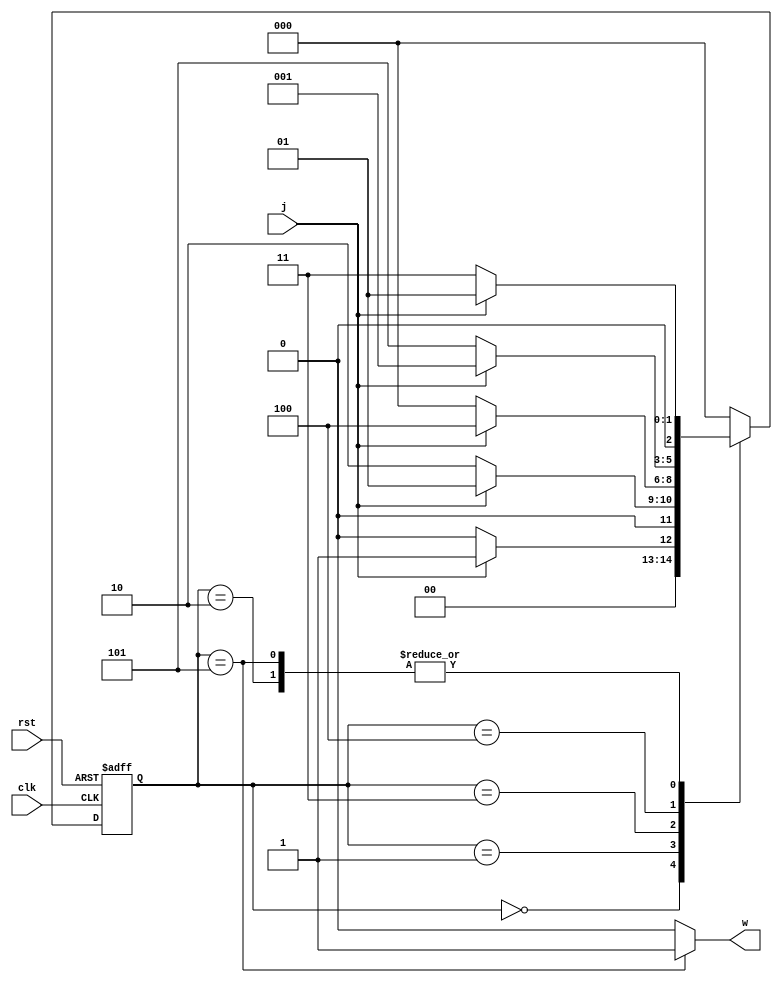


module moore10010(input clk,j,rst,output w);
reg [2:0]ns;
reg [2:0]ps;

parameter [2:0]A=3'b000,B=3'b001,C=3'b010,D=3'b011,E=3'b100, F=3'b101;

always @(ps,j) begin


case(ps)
A: ns = j? B : A;
B: ns = j? B : C;
C: ns = j? B : D;
D: ns = j? E : A;
E: ns = j? B : F;
F: ns = j? B : D;
default: ns =A;
 endcase
end 

assign w = (ps == F) ? 1'b1 : 1'b0;
always @(posedge clk,posedge rst) begin

if (rst)
ps<= 3'b000;
else
ps<= ns;
end

endmodule